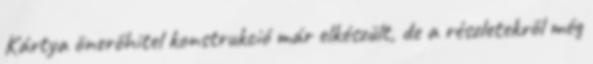
Kártya önerőhitel konstrukció már elkészült, de a részletekről még